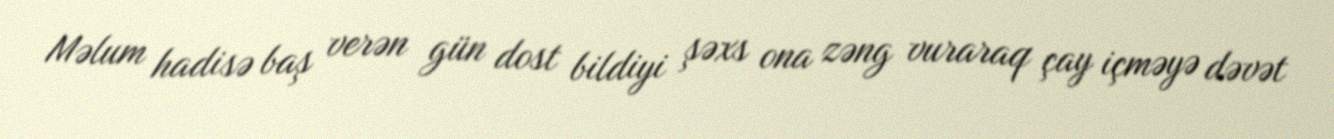
Məlum hadisə baş verən gün dost bildiyi şəxs ona zəng vuraraq çay içməyə dəvət